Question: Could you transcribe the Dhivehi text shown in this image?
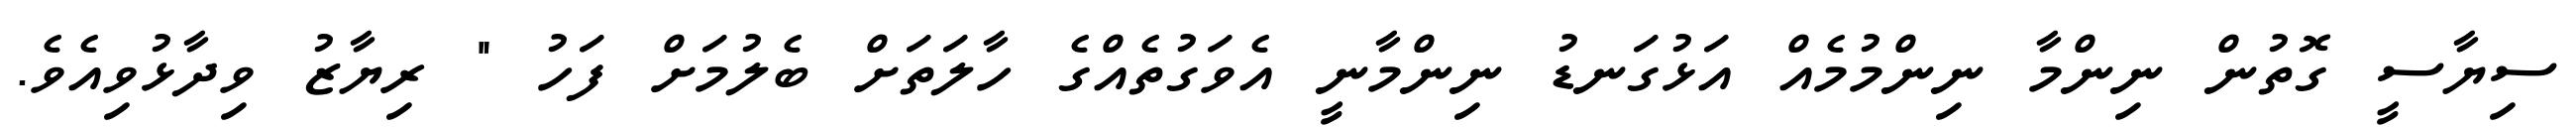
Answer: ސިޔާސީ ގޮތުން ނިންމާ ނިންމުމެއް އަޅުގަނޑު ނިންމާނީ އެވަގުތެއްގެ ހާލަތަށް ބެލުމަށް ފަހު " ރިޔާޒު ވިދާޅުވިއެވެ.